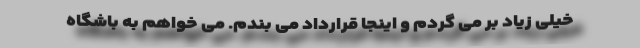
خیلی زیاد بر می گردم و اینجا قرارداد می بندم. می خواهم به باشگاه